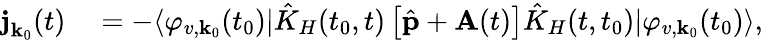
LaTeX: \begin{array}{rl}{\textbf{j}_{\textbf{k}_{0}}(t)}&{{}=-\langle\varphi_{v,\textbf{k}_{0}}(t_{0})|\hat{K}_{H}(t_{0},t)\left[\hat{\textbf{p}}+\textbf{A}(t)\right]\hat{K}_{H}(t,t_{0})|\varphi_{v,\textbf{k}_{0}}{(t_{0})}\rangle,}\end{array}